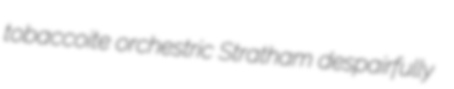
tobaccoite orchestric Stratham despairfully